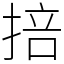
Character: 掊